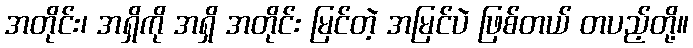
အတိုင်း၊ အရှိကို အရှိ အတိုင်း မြင်တဲ့ အမြင်ပဲ ဖြစ်တယ် တပည့်တို့။